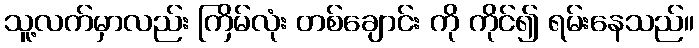
သူ့လက်မှာလည်း ကြိမ်လုံး တစ်ချောင်း ကို ကိုင်၍ ရမ်းနေသည်။